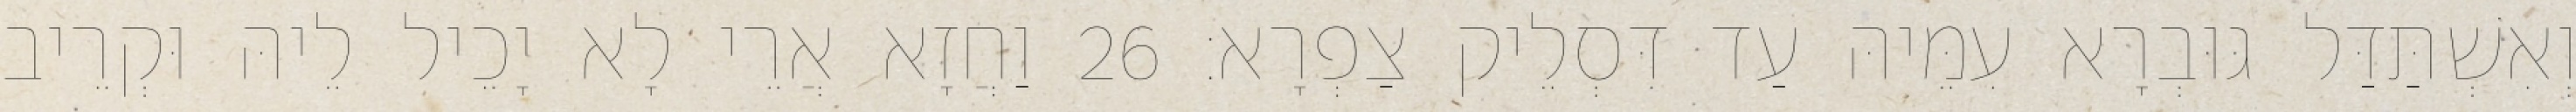
וְאִשְׁתַּדַּל גּוּבְרָא עִמֵּיהּ עַד דִּסְלֵיק צַפְרָא׃ 26 וַחֲזָא אֲרֵי לָא יָכֵיל לֵיהּ וּקְרֵיב